Mental hospitals Bombay report 1921-28 - 1921-1928
Year: 1921
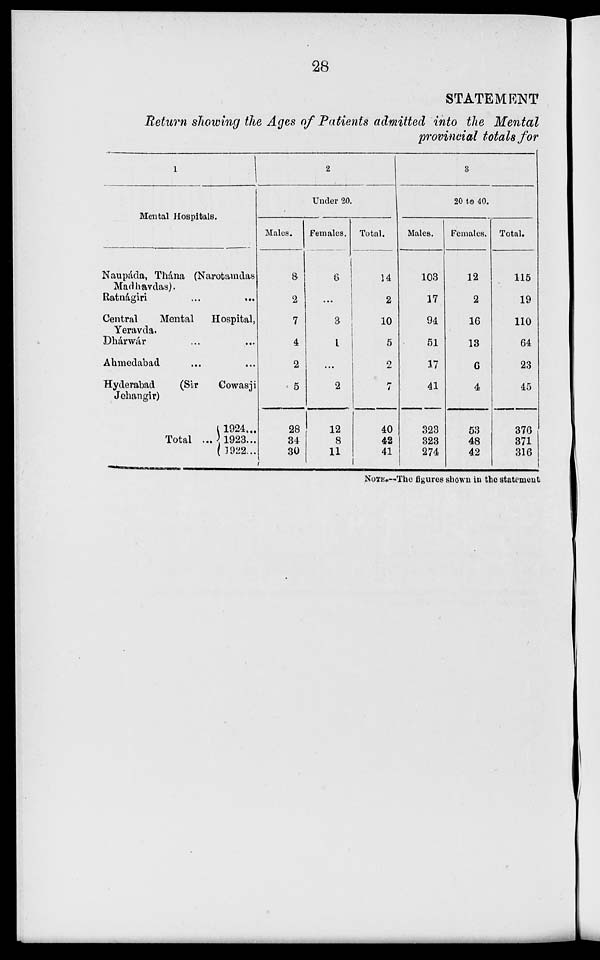
28
STATEMENT
Return showing the Ages of Patients admitted into the Mental
provincial totals for
1
Mental Hospitals.
Naupáda, Thána (Narotamdas
Madhavdas).
Ratnágiri
...
...
Central
Mental
Hospital,
Yeravda.
Dhárwár ... ...
Ahmedabad ... ...
Hyderabad
(Sir
Cowasji
Jehangir)
Total ...
1924...
1923...
1922...
2
Under 20.
Males.
8
2
7
4
2
5
28
34
30
Females.
6
...
3
1
...
2
12
8
11
Total.
14
2
10
5
2
7
40
42
41
3
20 to 40.
Males.
103
17
94
51
17
41
323
323
274
Females.
12
2
16
13
6
4
53
48
42
Total.
115
19
110
64
23
45
376
371
316
NOTE.—The figures shown in the statement